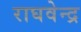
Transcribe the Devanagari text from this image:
राघवेन्‍द्र